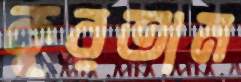
কুরতাম